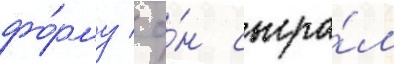
фо́рму / о́н сыгра́л